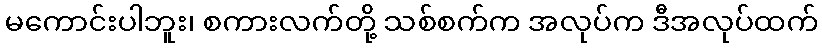
မကောင်းပါဘူး၊ စကားလက်တို့ သစ်စက်က အလုပ်က ဒီအလုပ်ထက်